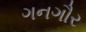
ગનગૌર